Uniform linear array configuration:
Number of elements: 24
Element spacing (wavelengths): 1
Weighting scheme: exponential
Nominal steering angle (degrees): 60
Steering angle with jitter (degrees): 61.489
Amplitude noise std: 0.05
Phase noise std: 0.05

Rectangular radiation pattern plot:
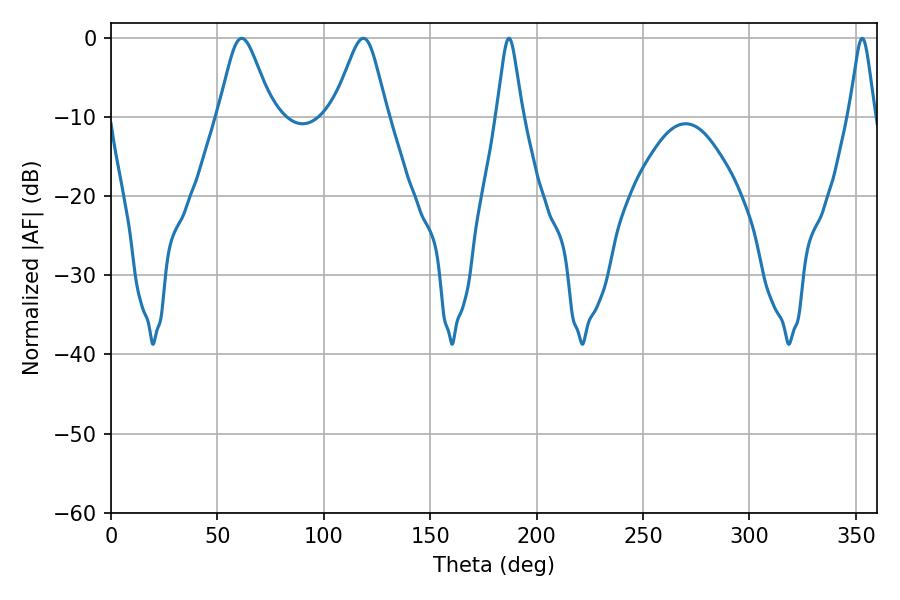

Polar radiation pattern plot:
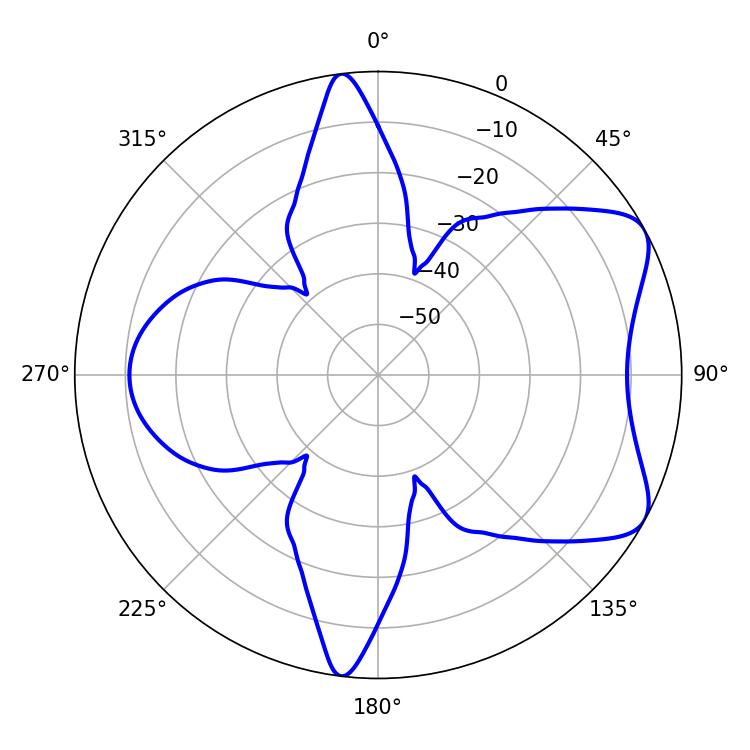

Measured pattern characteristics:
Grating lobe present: TRUE
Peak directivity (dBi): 6.807
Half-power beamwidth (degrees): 12.42
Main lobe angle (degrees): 61.38